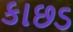
કાછડ